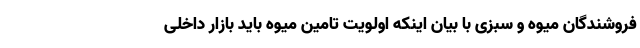
فروشندگان میوه و سبزی با بیان اینکه اولویت تامین میوه باید بازار داخلی